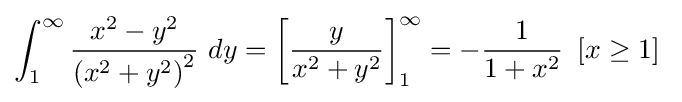
\int _{1}^{\infty }{\frac {x^{2}-y^{2}}{\left(x^{2}+y^{2}\right)^{2}}}\ dy=\left[{\frac {y}{x^{2}+y^{2}}}\right]_{1}^{\infty }=-{\frac {1}{1+x^{2}}}\ \left[x\geq 1\right]\